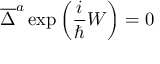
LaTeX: \overline { { { \Delta } } } ^ { a } \exp \left( \frac i \hbar W \right) = 0